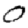
Digit: 0